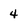
Character: 4